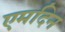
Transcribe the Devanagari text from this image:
एमदिन